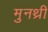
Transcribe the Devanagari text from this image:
मुनथ्री